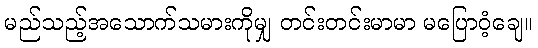
မည်သည့်အသောက်သမားကိုမျှ တင်းတင်းမာမာ မပြောဝံ့ချေ။